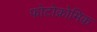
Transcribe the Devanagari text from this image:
फोटोक्रोमिक